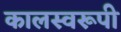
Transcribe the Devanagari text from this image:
कालस्वरूपी